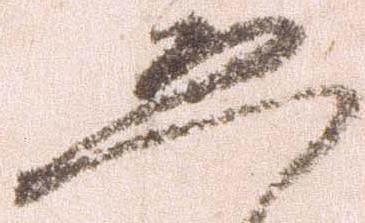
恐